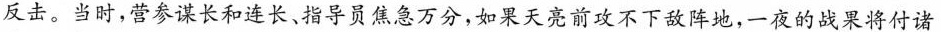
反击。当时，营参谋长和连长、指导员焦急万分，如果天亮前攻不下敌阵地，一夜的战果将付诸